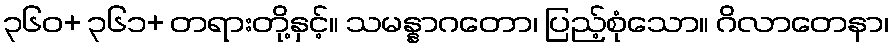
၃၆၀+ ၃၆၁+ တရားတို့နှင့်။ သမန္နာဂတော၊ ပြည့်စုံသော။ ဂိလာတေနာ၊